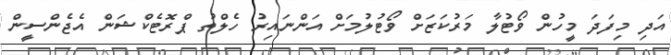
އަދި މިފަދަ މީހުން ވޯޓުލާ މަރުކަޒަށް ވޯޓުލުމަށް އަންނައިރު ހެލްތު ޕްރޮޓެކްޝަން އެޖެންސީން